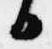
日